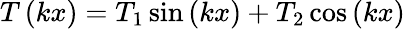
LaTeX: T\left(kx\right)=T_{1}\sin\left(kx\right)+T_{2}\cos\left(kx\right)